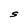
Character: S